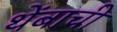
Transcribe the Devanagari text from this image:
थेंबाची